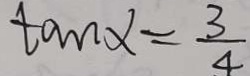
\tan \alpha = \frac { 3 } { 4 }